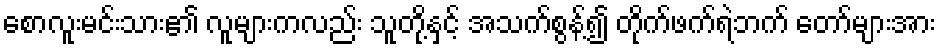
စောလူးမင်းသား၏ လူများကလည်း သူတို့နှင့် အသက်စွန့်၍ တိုက်ဖက်ရဲဘက် တော်များအား